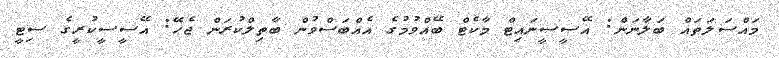
މައްސަލަތައް ބަލާނަން: އޭސީސީނައިޓް މާކެޓް ބޭއްވުމުގެ އެއްބަސްވުން ބާތިލްކުރަން ޖެހޭ: އޭސީސީކުރީގެ ސިޓީ